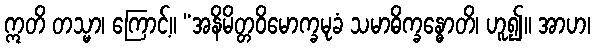
ဣတိ တသ္မာ၊ ကြောင့်။ “အနိမိတ္တဝိမောက္ခမုခံ သမာဓိက္ခန္ဓောတိ၊ ဟူ၍။ အာဟ၊